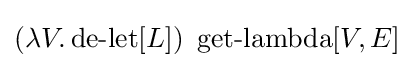
(\lambda V.\operatorname {de-let} [L])\ \operatorname {get-lambda} [V,E]